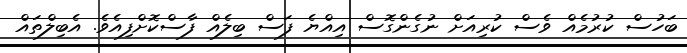
ބަހުސް ކުރުމެއް ވެސް ކުރިއަށް ނުގެންގޮސް އިއްޔެ ފަސް ބިލެއް ފާސްކޮށްފިއެވެ. އެބިލްތައް